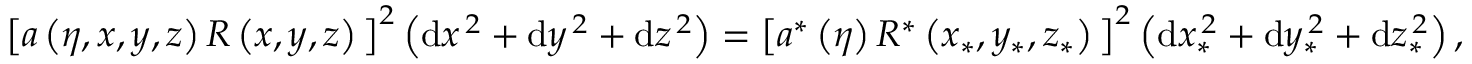
\begin{array} { r } { \big [ a \left( \eta , x , y , z \right) R \left( x , y , z \right) \big ] ^ { 2 } \left( \mathrm { d } x ^ { \, 2 } + \mathrm { d } y ^ { \, 2 } + \mathrm { d } z ^ { \, 2 } \right) = \big [ a ^ { \ast } \left( \eta \right) R ^ { \ast } \left( x _ { \ast } , y _ { \ast } , z _ { \ast } \right) \big ] ^ { 2 } \left( \mathrm { d } x _ { \ast } ^ { \, 2 } + \mathrm { d } y _ { \ast } ^ { \, 2 } + \mathrm { d } z _ { \ast } ^ { \, 2 } \right) , ~ ~ ~ ~ ~ ~ } \end{array}